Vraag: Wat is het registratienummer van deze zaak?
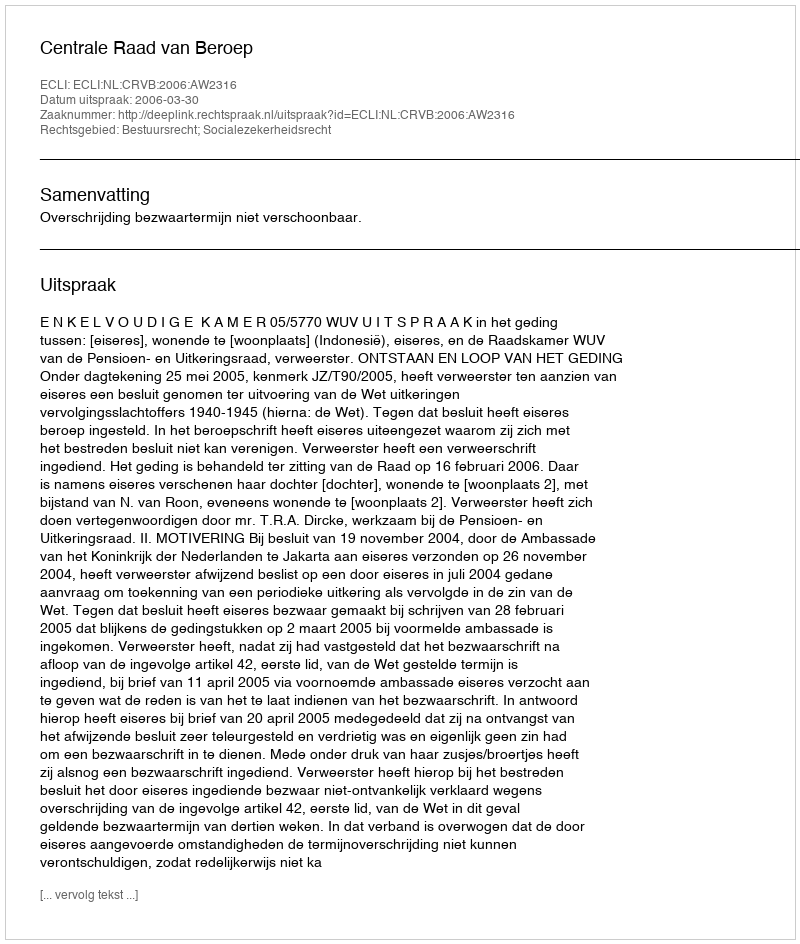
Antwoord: http://deeplink.rechtspraak.nl/uitspraak?id=ECLI:NL:CRVB:2006:AW2316